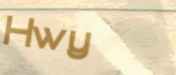
Hwy